Martna_vallavalitsus, lk 32
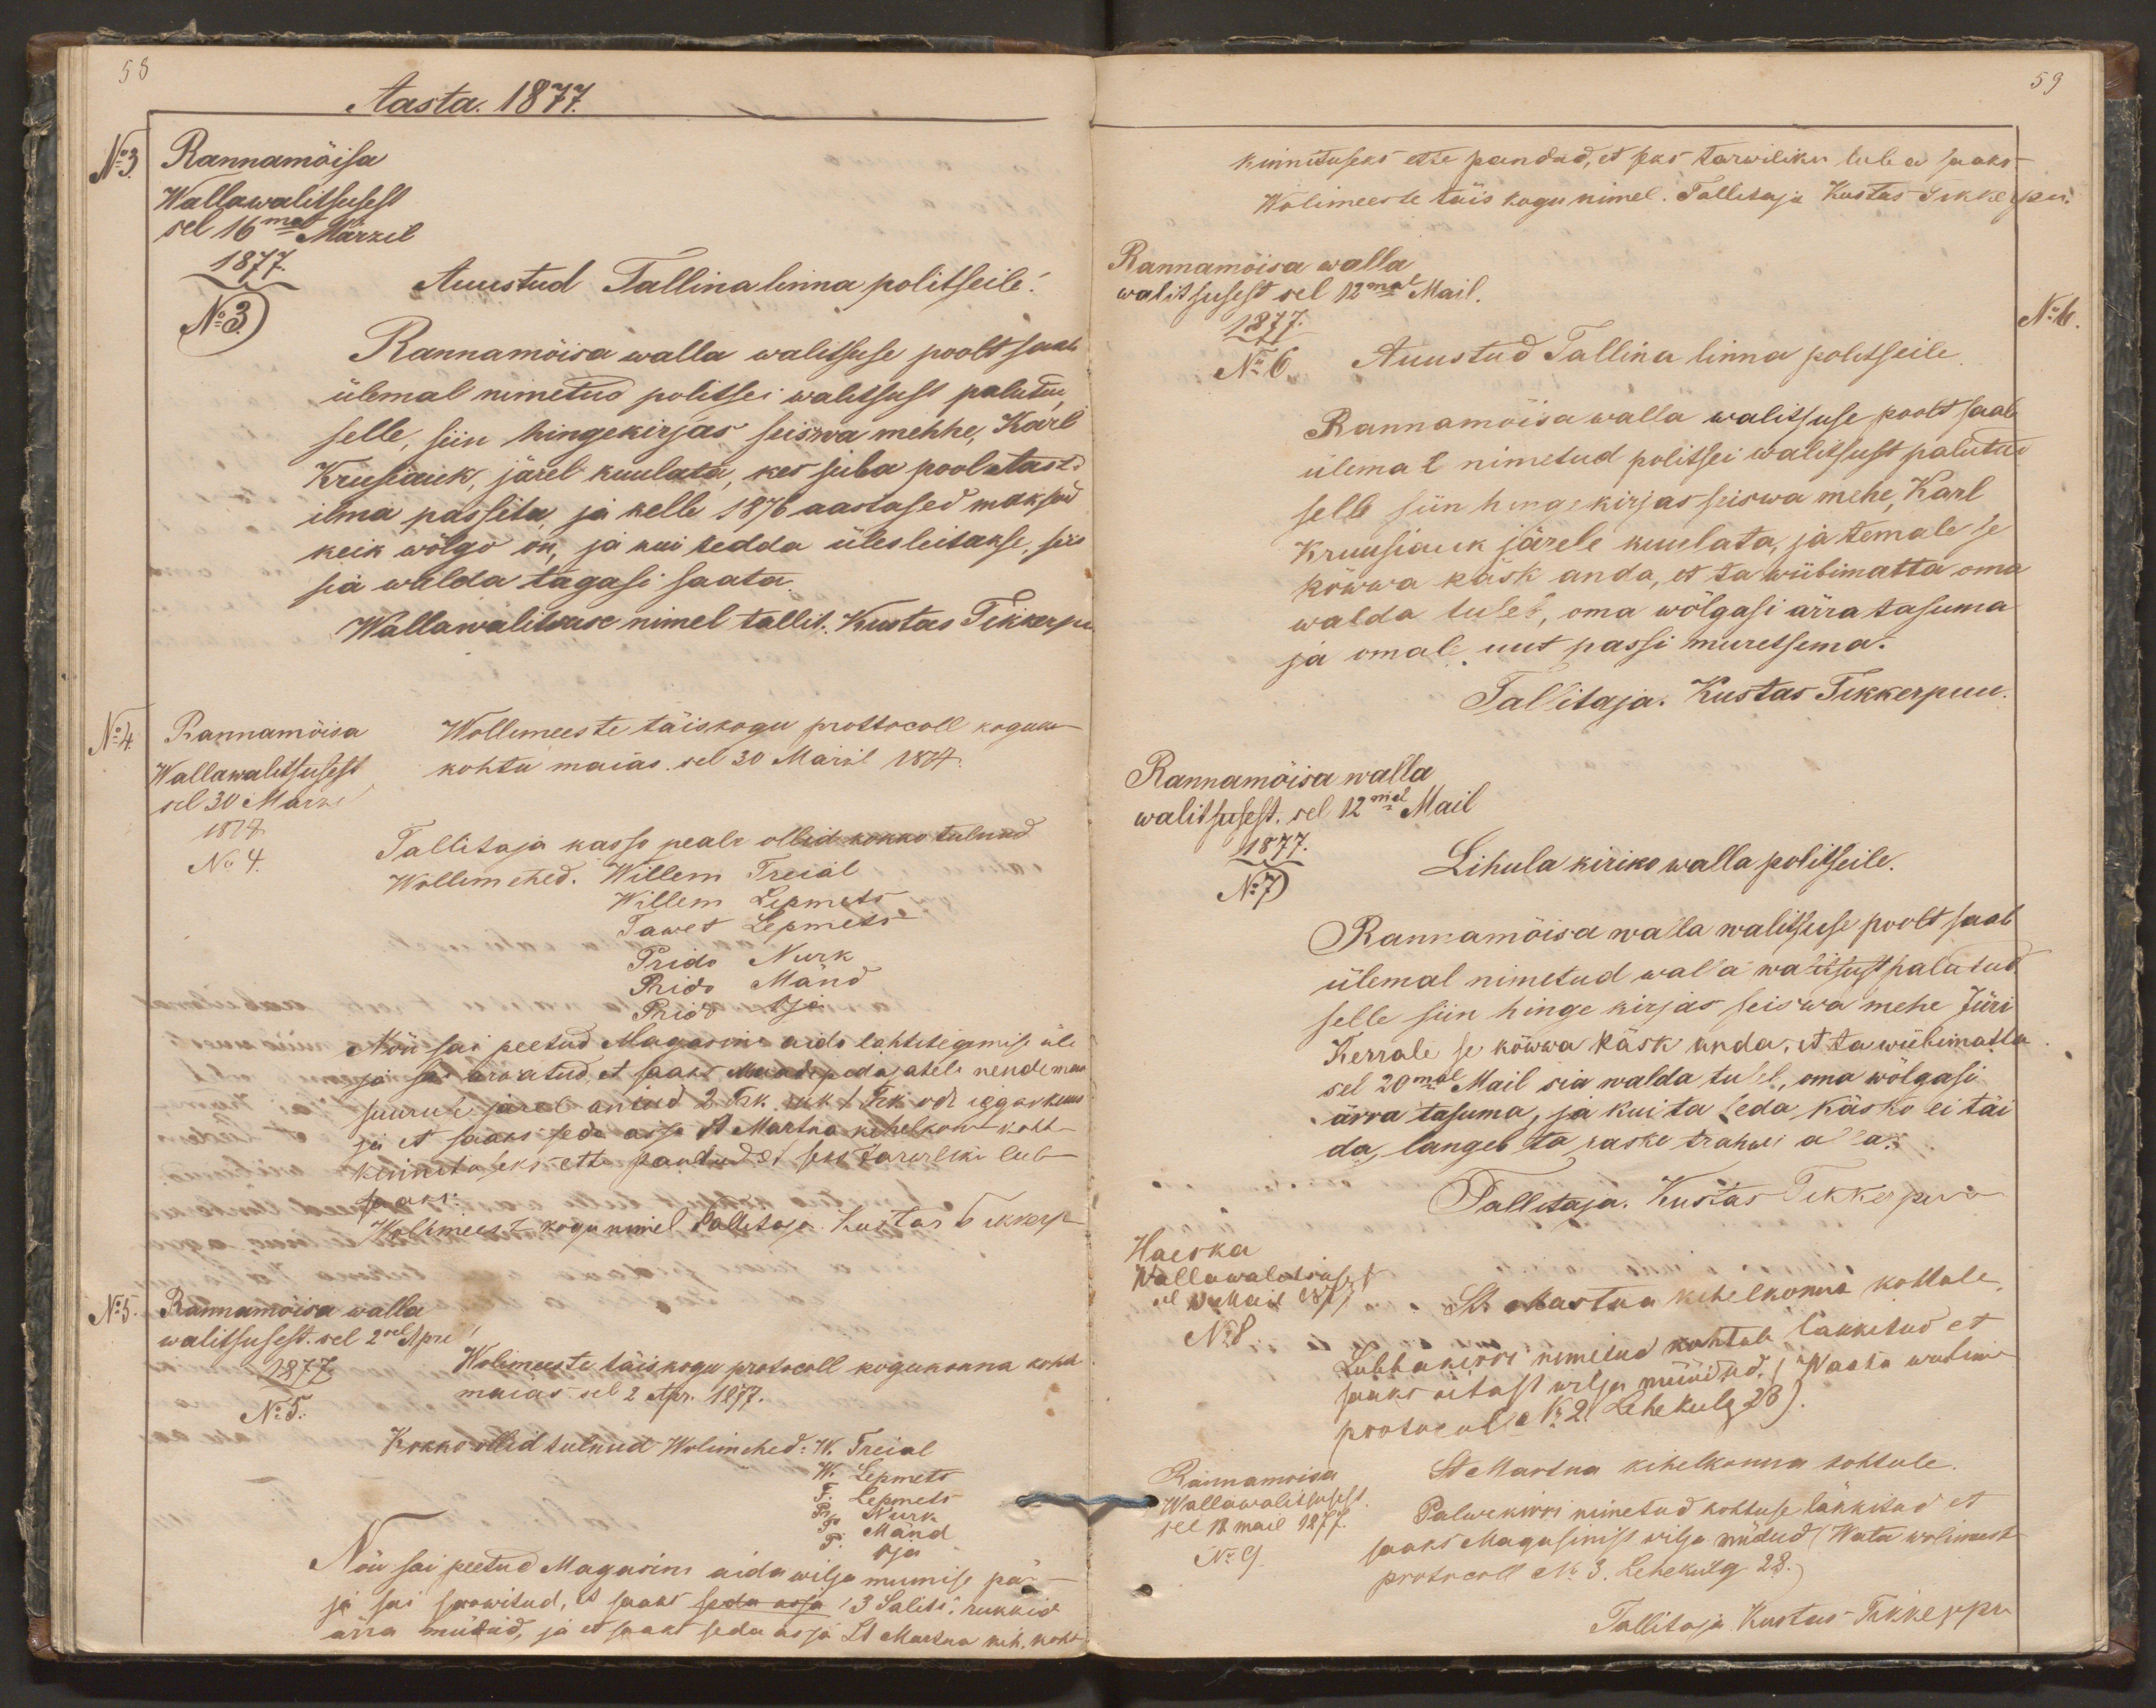
58
Aasta. 1877.
No3.
Rannamõisa
Wallawalitsusest
sel 16mal Märzil
1877.
Auustud Tallina linna politseile!
No3.
Rannamõisa walla walitsuse poolt saab
ülemal nimetud politsei walitsust palutud
selle, siin hingekirjas seiswa mehhe, Karl
Krusiauk, järel kuulata, kes juba poolatast
ilma passita, ja kelle 1876 aastased maksud
keik wõlgo on, ja kui tedda üles leitakse, siis
sia walda tagasi saata.
Wallawalitsuse nimel tallit. Kustas Tikkerpu
No 4.
Rannamõisa
Wollimeeste täiskogu prottocoll koguko
Wallawalitsusest
kohtu maias sel 30 Märzil 1877.
sel 30 Marzil
1877.
Tallitaja kasso peale ollid kokko tulnud
No 4.
Wollimehed. Willem Treial
Willem Lepmets
Tawet Lepmets
Prido Nurk
Prido Mänd
Prido Oja
Nõu sai peetud Magasini aida lahtitegemise üle
ja sai arwatud, et saaks Maadepidajatele nende maa
suuruse järel antud 2 Trk. ruk 1 Trk. oder iggas kuus
ja et saaks seda asja St Martna kihelkonna kohtus
kinnituseks ette pandud et seks tarwliku luba
saaks.
Wolimeeste kogu nimel Tallitaja Kustas Tikkerpu
No5.
Rannamõisa walla
walitsusest. sel 2sel April
Wolimeeste täiskogu protocoll kogukonna kohtu
1877.
maias sel 2 Apr. 1877.
No 5.
Kokko ollid tulnud Wolimehed: W. Treial
W. Lepmets
T. Lepmets
Pr. Nurk
P. Mänd
P. Oja
Nõu sai peetud Magasini aida wilja mumise pär
ja sai soowitud, et saaks seda asja 13 Saliti, rukkid
ärra müdud, ja et saaks seda asja St Martna kih. koht

59
kinnituseks ette pandud, et seks tarwiliku luba saaks
Wolimeeste täis kogu nimel. Tallitaja Kustas Tikkerpu.
Rannamõisa walla
walitsusest sel 12mal Mail.
No6
1877.
No 6.
Auustud Tallina linna politseile.
Rannamõisa walla walitsuse poolt saab
ülemal nimetud politsei walitsust palutud
selle siin hengekirjas seiswa mehe, Karl
Kruusiauk järele kuulata, ja temale se
kõwwa käsk anda, et ta wiibimatta oma
walda tuleb, oma wõlgasi ärra tasuma
ja omale uut passi muretsema.
Tallitaja. Kustas Tikkerpuu.
Rannamõisa walla
walitsusest, sel 12mal Mail
1877.
No 7
Lihula kiriko walla politseile.
Rannamõisa walla walitsuse poolt saab
ülemal nimetud walla walitsust palutud
selle siin hinge kirjas seiswa mehe Jüri
Kerrale se kõwwa käsk anda, et ta wiibimatta
sel 20mal Mail sia walda tuleb, oma wõlgasi
ärra tasuma, ja kui ta seda käsko ei täi
da, langeb ta raske trahwi alla.
Tallitaja. Kustas Tikkerpuu
Haeska
St. Martna kihelkonna kohtule
Wallawalitsuses
sel 13 Mail 1877
Lubbakirri nimetud kohtule lakkitud et
No8
saaks aitast wilja müüdud. ( Waata wolime
protocoll No 2. Lehekulg 28).
St Martna kihelkonna kohtule
Rannamoisa
Palwekirri nimetud kohtuse läkkitud et
Wallawalitsusest
sel 18. mail 1877.
No 9.
saaks Magasinist wilja müdud (Wata wolimeeste
protocoll No 3. Lehekülg 28.)
Tallitaja Kustas Tikkeppu